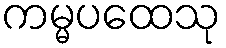
ကမ္မပထေသု